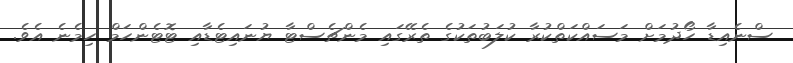
ސްނެއިޑާ ހޯދުމަށް މަސައްކަތްކުރާ ކުލަބުތަކުގެ ތެރޭގައި މެންޗެސްޓާ ޔުނައިޓެޑާއި ޓޮޓެންހަމް ހިމެނެ އެވެ.